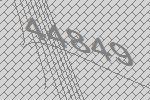
44849